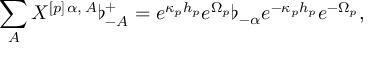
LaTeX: \sum _ { A } X ^ { [ p ] \, \alpha , \, A } \flat _ { - A } ^ { + } = e ^ { \kappa _ { p } h _ { p } } e ^ { \Omega _ { p } } \flat _ { - \alpha } e ^ { - \kappa _ { p } h _ { p } } e ^ { - \Omega _ { p } } ,